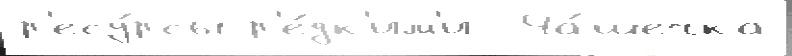
р'есу́рсы р'е́дк'им'и  Ча́шечка